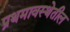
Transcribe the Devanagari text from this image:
प्रथमावस्थेतील